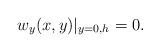
LaTeX: \begin{align*}w_y(x, y)\vert_{y=0, h}=0.\end{align*}